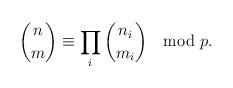
LaTeX: \begin{align*}\binom{n}{m} \equiv \prod_i \binom{n_i}{m_i} \mod p.\end{align*}